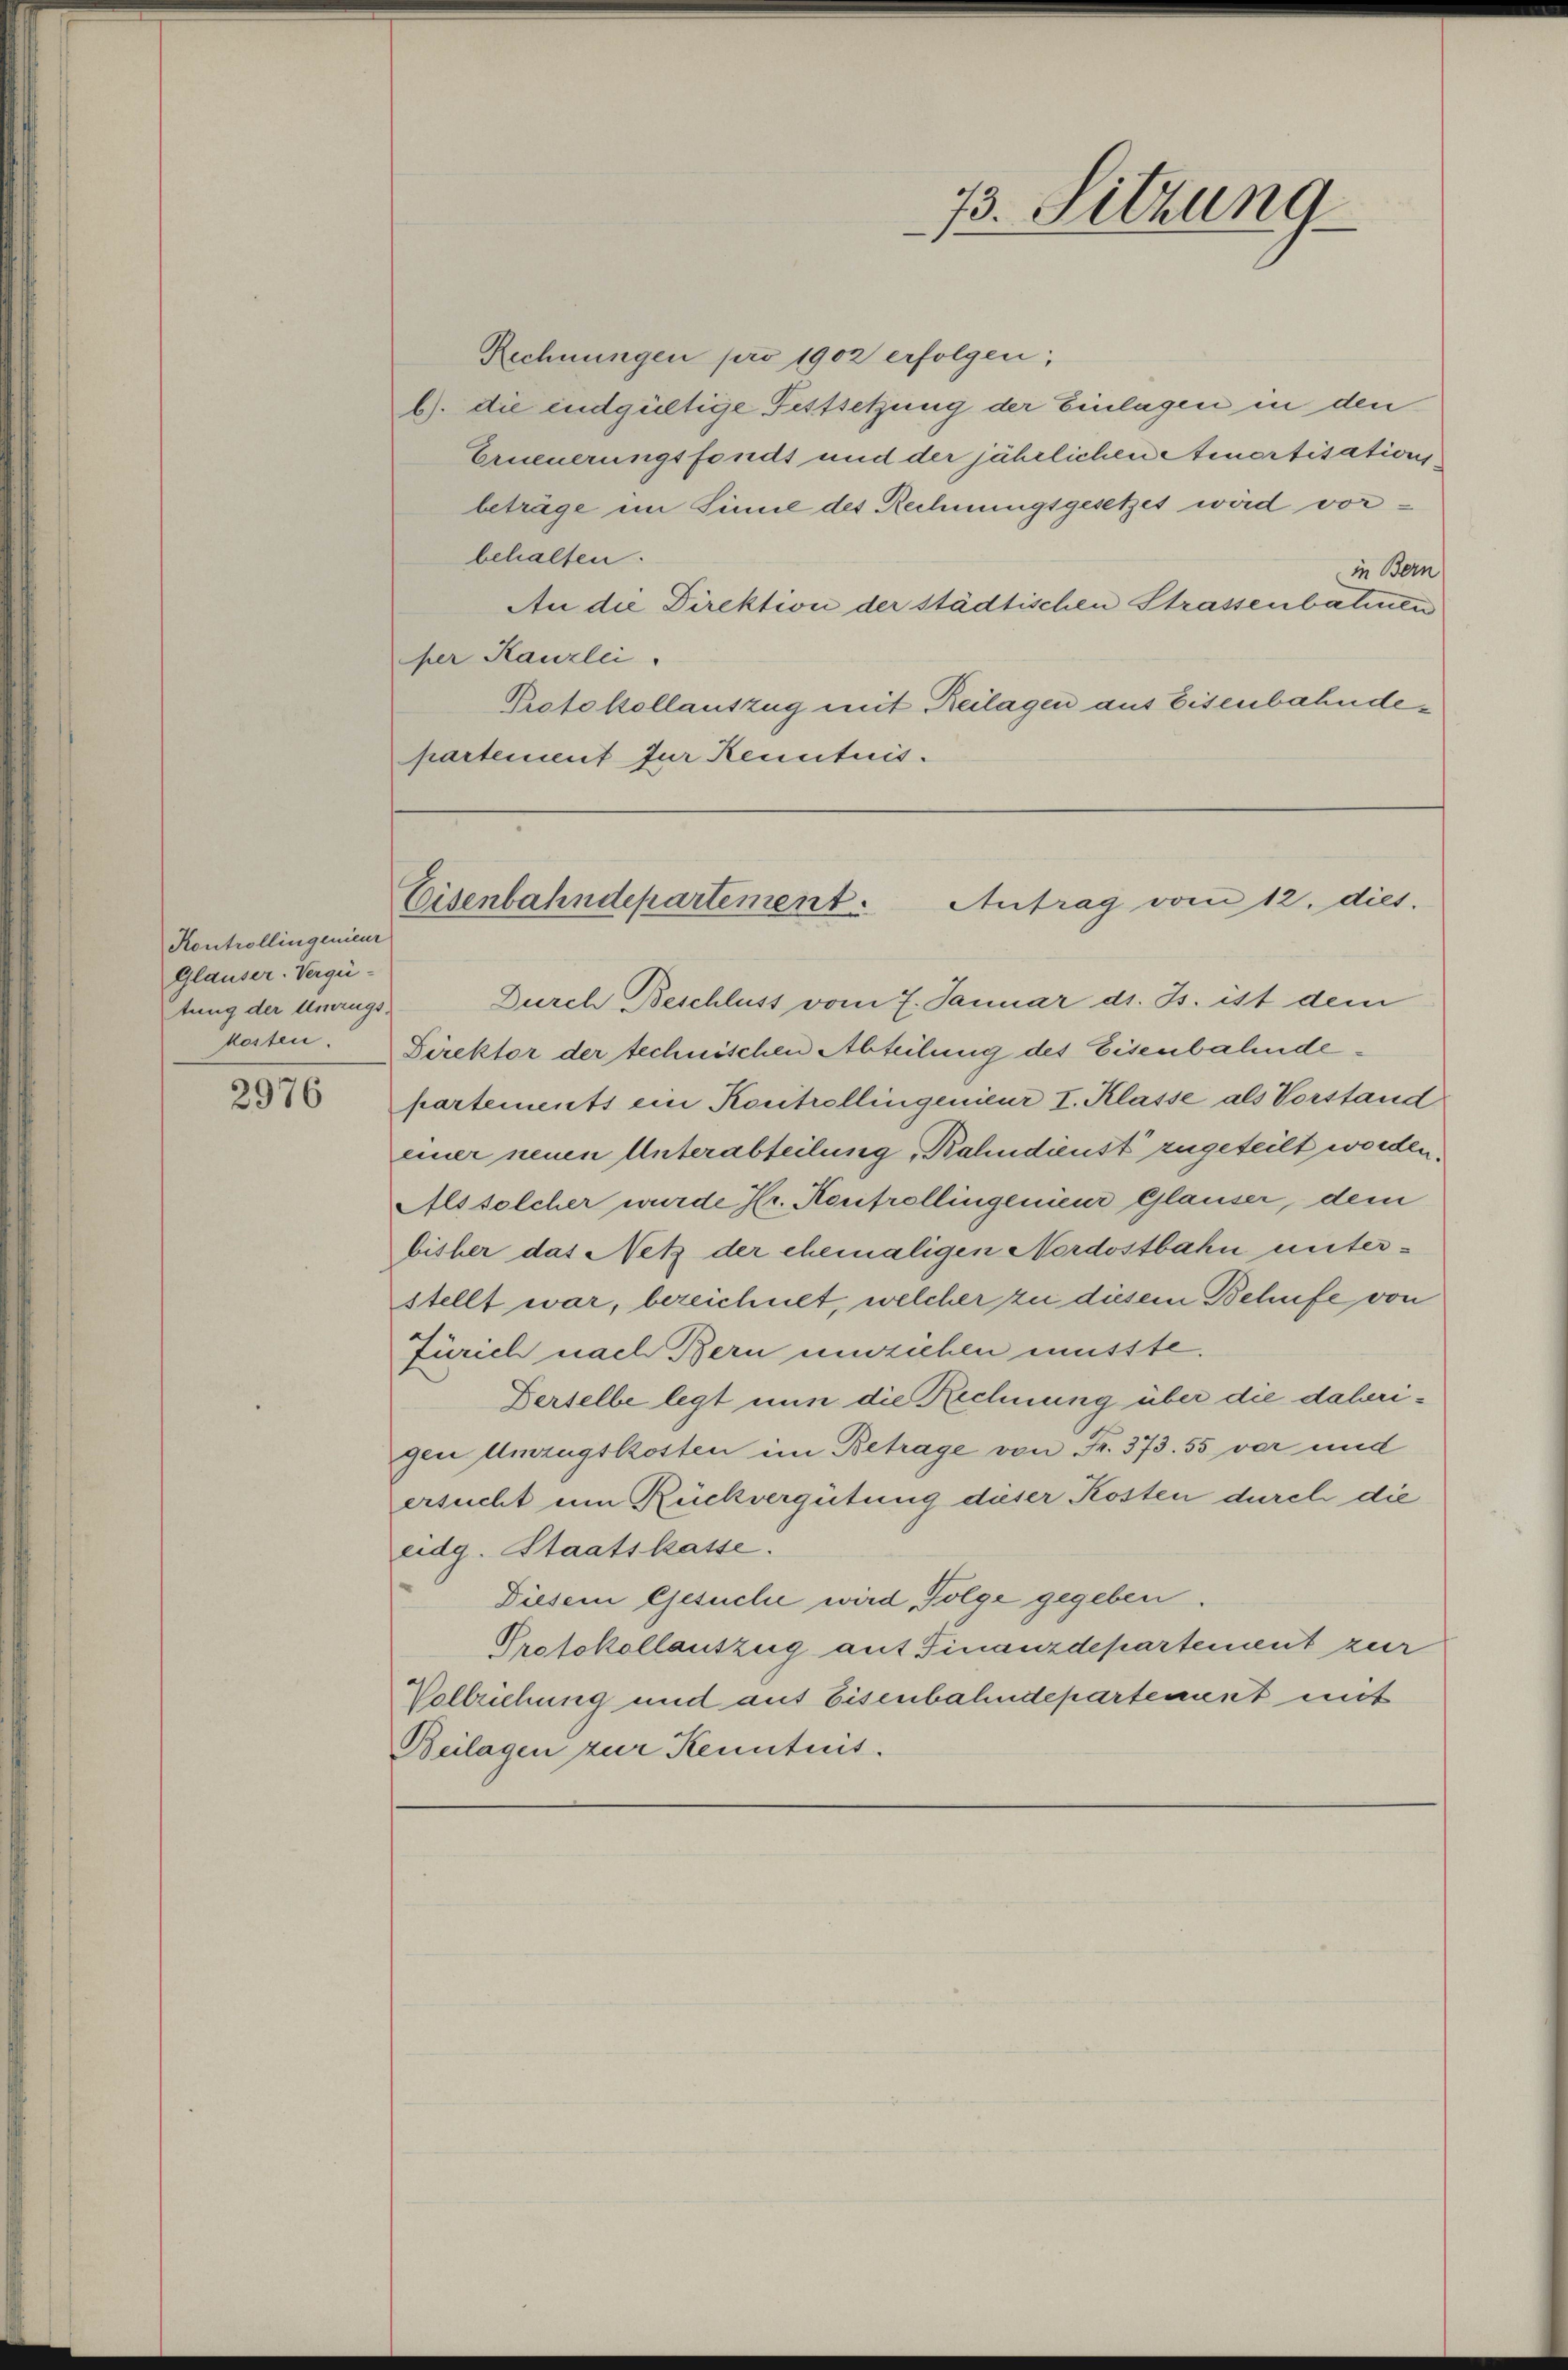
Kontrollingenieur
Glauser-Vergütung der Umzugs-
kosten

2976

Rechnungen pro 1902 erfolgen;
b). Die endgültige Festsetzung der Einlagen in den
Erneuerungsfonds und der jährlichen Amortisationsbeträge im Sinne des Rechnungsgesetzes wird vorbehalten.
in Bern
An die Direktion der städtischen Strassenbalmen
her Kanzlei
Protokollauszug mit Reilagen aus Eisenbahndepartement zur Kenntnis.

73. Sitzung

Eisenbahndepartement. Antrag vom 12. dies

Durch Beschluss vom 7. Januar d. Js. ist dem
Direktor der technischen Abteilung des Eisenbahndepartements ein Kontrollingenieur I. Klasse als Vorstand
einer neuen Unterabteilung Bahndienst zugeteilt worden.
Als solcher wurde Hr. Konfrollingenieur Gläuser, dem
bisher das Netz der ehemaligen Nordostbahn unterstellt war, bezeichnet, welcher zu diesem Behufe von
Zürich nach Bern umziehen müsste.
Derselbe legt nun die Rechnung über die daherigen Umzugskosten im Betrage von Fr. 373. 55 vor und
ersucht um Rückvergütung dieser Kosten durch die
eidg. Staatskasse.
Diesem Gesuche wird Folge gegeben.
Protokollauszug auf Finanzdepartement zur
Vollziehung und auf Eisenbahndepartement mit
Beilagen zur Kenntnis.